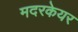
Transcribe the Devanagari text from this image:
मदरकेयर